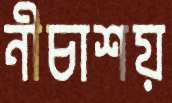
নীচাশয়